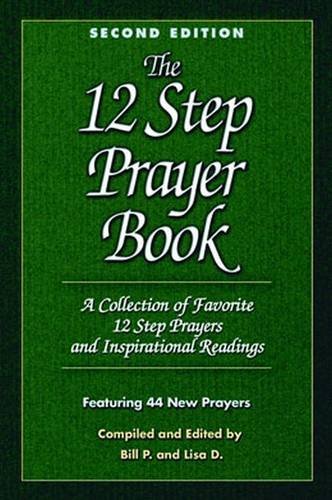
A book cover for The 12 Step Prayer Book: A Collection of Favorite 12 Step Prayers and Inspirational Readings; Bill P.; Health, Fitness & Dieting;